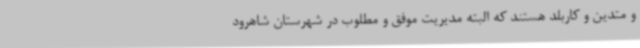
و متدین و کاربلد هستند که البته مدیریت موفق و مطلوب در شهرستان شاهرود